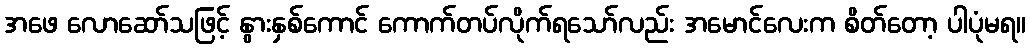
အဖေ လောဆော်သဖြင့် နွားနှစ်ကောင် ကောက်တပ်လိုက်ရသော်လည်း အမောင်လေးက စိတ်တော့ ပါပုံမရ။